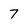
Character: 7